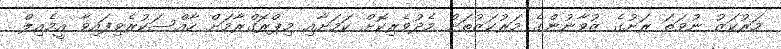
މަރުކަޒު ނުވަތަ ރަށުގެ ޒުވާނުންގެ މަރުކަޒުތަށް މެދުވެރިކޮށް ކަމަށާއި މިޕްރޮގްރާމަށް ހާއްސަކުރެވިފައިވާ އީމެއިލް